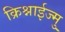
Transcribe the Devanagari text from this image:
क्रिश्नाईज्मु